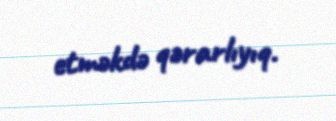
etməkdə qərarlıyıq.